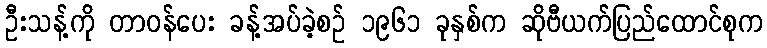
ဦးသန့်ကို တာဝန်ပေး ခန့်အပ်ခဲ့စဉ် ၁၉၆၁ ခုနှစ်က ဆိုဗီယက်ပြည်ထောင်စုက